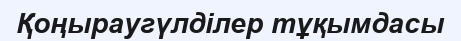
Қоңыраугүлділер тұқымдасы